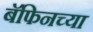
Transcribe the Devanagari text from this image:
बॅफिनच्या